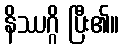
နိဿဂ္ဂိ ပြီး၏။